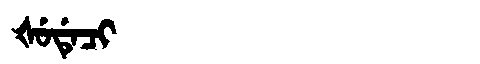
Manchu: ᡧᡠᡩᡝᠴᡳ
Romanization: ŠUDECI